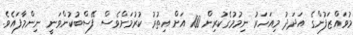
މުވައްޒަފުންގެ އަދަދު މިއަހަރު ނިމުމުގެކުރިން 100 އަށް އިތުރު ކުރުމަށްވެސް ފޭސްބުކުންވަނީ ނިންމާފައެވެ.